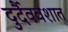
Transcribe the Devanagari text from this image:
दुर्दैववशात